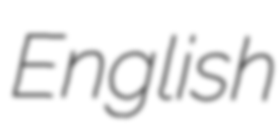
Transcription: English